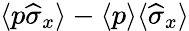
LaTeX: \langle p\widehat\sigma_{x}\rangle-\langle p\rangle\langle\widehat\sigma_{x}\rangle